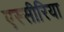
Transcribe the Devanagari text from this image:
एस्सीरिया